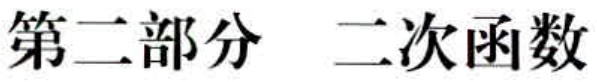
第二部分 二次函数